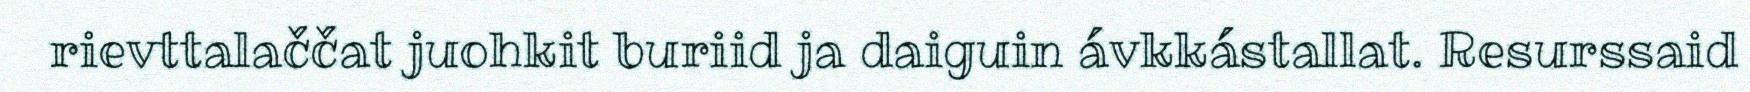
rievttalaččat juohkit buriid ja daiguin ávkkástallat. Resurssaid